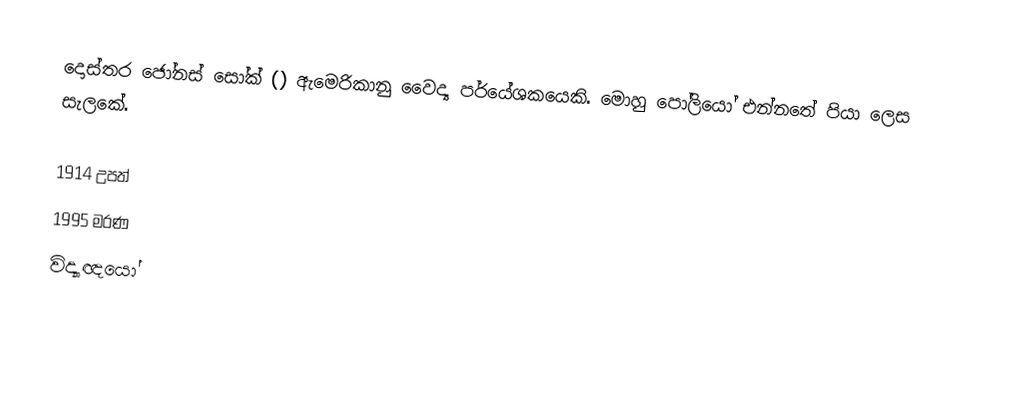
දොස්තර ජෝනස් සෝක් () ඇමෙරිකානු වෛද්‍ය පර්යේශකයෙකි. මොහු පෝලියෝ එන්නතේ පියා ලෙස සැලකේ.

1914 උපත්
1995 මරණ
විද්‍යාඥයෝ